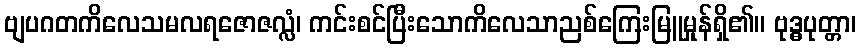
ဗျပဂတကိလေသမလရဇောဇလ္လံ၊ ကင်းစင်ပြီးသောကိလေသာညစ်ကြေးမြူမှုန်ရှိ၏။ ဗုဒ္ဓပုတ္တာ၊